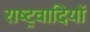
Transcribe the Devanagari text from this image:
राष्‍ट्रवादियों